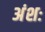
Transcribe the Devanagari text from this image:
अंशः